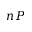
n P